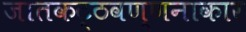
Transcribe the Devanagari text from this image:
जातकट्ठवण्णनाकार